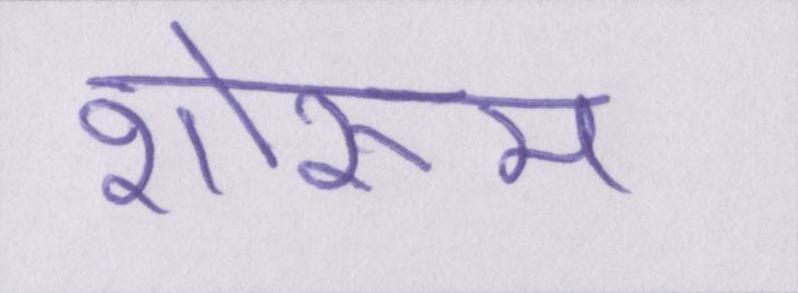
शोरूम